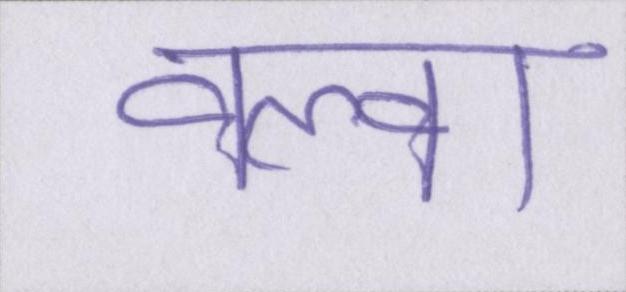
वल्वा